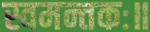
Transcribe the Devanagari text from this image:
स्वमन्तकः॥